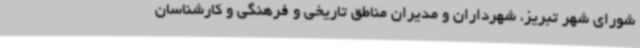
شورای شهر تبریز، شهرداران و مدیران مناطق تاریخی و فرهنگی و کارشناسان